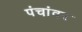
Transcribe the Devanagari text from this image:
पंचांवर